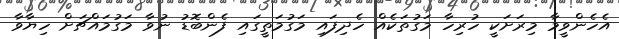
އެހެންވީމާ މިރަށަކީ ހުރިހާ މަގުތަކެއް ހެދިފައި މަގުމަތީގައި ފެންބޮޑު ނުވާ މަގުމައްޗަށް ހިޔާވާ